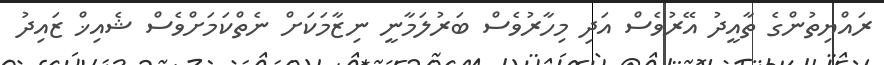
ރައްޔިތުންގެ ތާއީދު އޭރުވެސް އަދި މިހާރުވެސް ބަރުލަމާނީ ނިޒާމަކަށް ނެތްކަމަށްވެސް ޝެއިޚް ޒައިދު